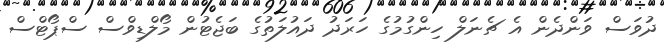
ދުވަސް ވަންދެން އެ ޗެނަލް ހިންގުމުގެ ހަރަދު ދައުލަތުގެ ބަޖެޓުން މޯލްޑިވްސް ސްޕޯޓްސް